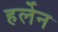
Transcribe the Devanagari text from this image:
हर्लेन